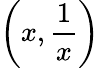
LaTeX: \left(x,{\frac{1}{x}}\right)